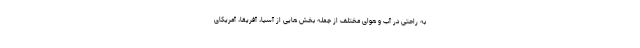
به راحتی در آب و هوای مختلف از جمله بخش هایی از آسیا، آفریقا، آمریکای